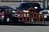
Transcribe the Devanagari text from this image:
शासित